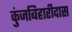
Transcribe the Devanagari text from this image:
कुंजबिहारीदास